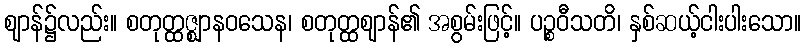
ဈာန်၌လည်း။ စတုတ္ထဇ္ဈာနဝသေန၊ စတုတ္ထဈာန်၏ အစွမ်းဖြင့်။ ပဉ္စဝီသတိ၊ နှစ်ဆယ့်ငါးပါးသော။